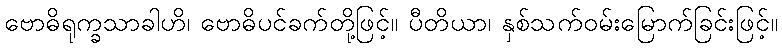
ဗောဓိရုက္ခသာခါဟိ၊ ဗောဓိပင်ခက်တို့ဖြင့်။ ပီတိယာ၊ နှစ်သက်ဝမ်းမြောက်ခြင်းဖြင့်။